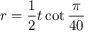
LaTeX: r = { \frac { 1 } { 2 } } t \cot { \frac { \pi } { 4 0 } }